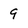
Character: 9